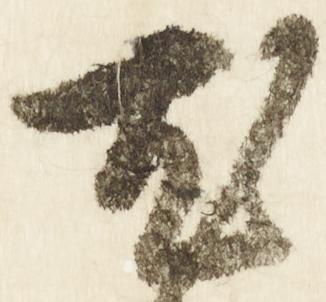
尤